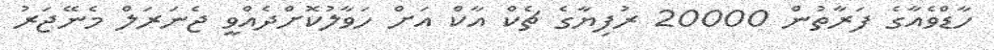
ހާޑްވެއާގެ ފަރާތުން 20000 ރުފިޔާގެ ޗެކް އާކް އަށް ހަވާލުކޮށްދެއްވީ ޖެނަރަލް މެނޭޖަރު